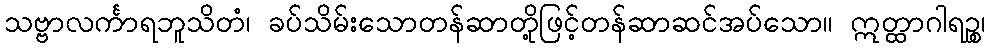
သဗ္ဗာလင်္ကာရဘူသိတံ၊ ခပ်သိမ်းသောတန်ဆာတို့ဖြင့်တန်ဆာဆင်အပ်သော။ ဣတ္ထာဂါရဉ္စ၊